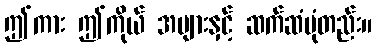
ဤကား ဤကိုယ် အများနှင့် ဆက်ဆံပုံတည်း။